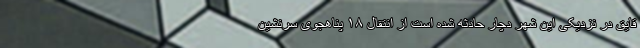
قایق در نزدیکی این شهر دچار حادثه شده است از انتقال ۱۸ پناهجوی سرنشین